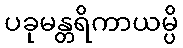
ပခုမန္တရိကာယမ္ပိ